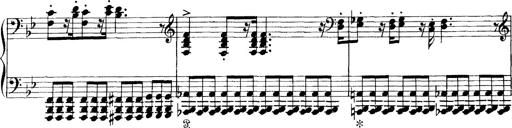
Title: Scherzo und Marsch
Composer: Franz Liszt